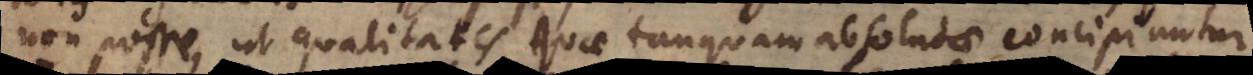
non posse, ut qualitates quae tanquam absolutae concipiuntur,